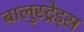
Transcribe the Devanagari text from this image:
बालुस्‍ट्रेड्स